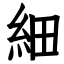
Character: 細